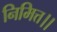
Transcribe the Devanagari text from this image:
निमित्त।।